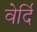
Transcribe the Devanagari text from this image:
वेर्दि